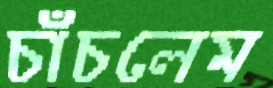
চাঁচলেম